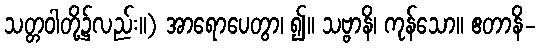
သတ္တဝါတို့၌လည်း။) အာရောပေတွာ၊ ၍။ သဗ္ဗာနိ၊ ကုန်သော။ ဧတာနိ-